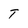
Character: T